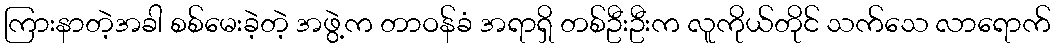
ကြားနာတဲ့အခါ စစ်မေးခဲ့တဲ့ အဖွဲ့က တာဝန်ခံ အရာရှိ တစ်ဦးဦးက လူကိုယ်တိုင် သက်သေ လာရောက်